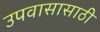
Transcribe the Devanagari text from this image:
उपवासासाठी